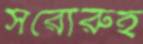
সরোরুহ